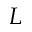
L